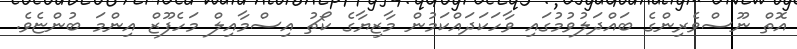
އޮތް ނޫސްވެރިންގެ ބައްދަލުވުމުގައި ވާހަކަދައްކަމުން މާޒިޔާގެ ކޯޗު އިސްމާއިލް މަހެފޫޒް އިންމަ ބުންޏެވެ.